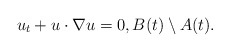
\begin{align*}u_t+u\cdot\nabla u=0, B(t)\setminus A(t).\end{align*}